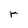
Character: r